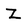
Character: Z